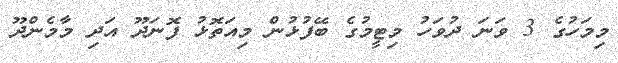
މިމަހުގެ 3 ވަނަ ދުވަހު މިޓީމުގެ ބޭފުޅުން މިއަތޮޅު ފޮނަދޫ އަދި މާމެންދޫ